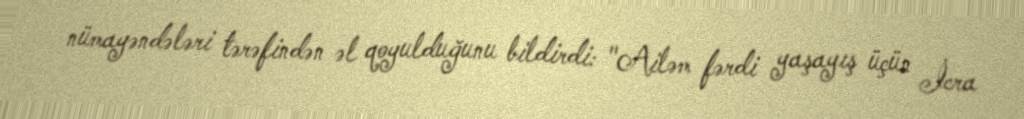
nümayəndələri tərəfindən əl qoyulduğunu bildirdi: "Ailəm fərdi yaşayış üçün İcra